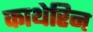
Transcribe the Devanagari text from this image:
काथेरिन